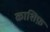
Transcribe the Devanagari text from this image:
काशिफ़